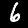
Digit: 6